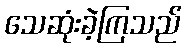
သေဆုံးခဲ့ကြသည်